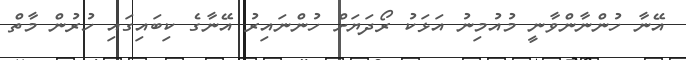
އޭނާ ހުންނާންވާނީ މުއުމިނު އަޅަކު ރޯދަޔަށް ހުންނައިރު އޭނާގެ ކިބައިގައި ހުރުން މާތް